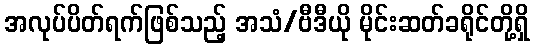
အလုပ်ပိတ်ရက်ဖြစ်သည့် အသံ/ဗီဒီယို မိုင်းဆတ်ခရိုင်တို့ရှိ